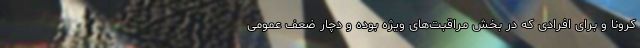
کرونا و برای افرادی که در بخش مراقبت‌های ویژه بوده و دچار ضعف عمومی